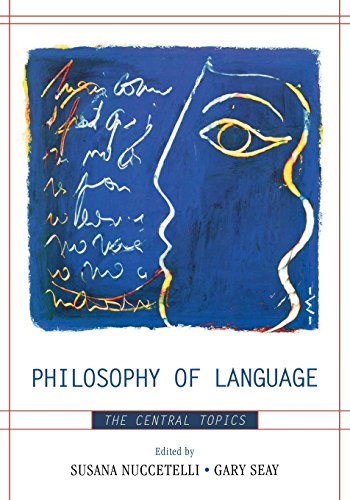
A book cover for Philosophy of Language: The Central Topics; Politics & Social Sciences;